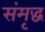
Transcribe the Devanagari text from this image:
संमृद्ध